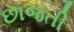
છાજતી